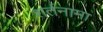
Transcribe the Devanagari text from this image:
शर्तनामा